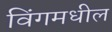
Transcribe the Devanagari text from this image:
विंगमधील